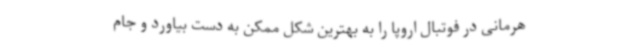
هرمانی در فوتبال اروپا را به بهترین شکل ممکن به دست بیاورد و جام